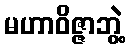
မဟာဝိဇ္ဇာဘွဲ့